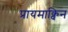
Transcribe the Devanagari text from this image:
प्रायमाक्विन